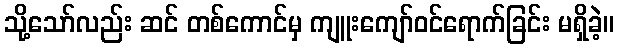
သို့သော်လည်း ဆင် တစ်ကောင်မှ ကျူးကျော်ဝင်ရောက်ခြင်း မရှိခဲ့။